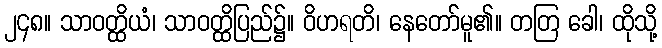
၂၄၈။ သာဝတ္ထိယံ၊ သာဝတ္ထိပြည်၌။ ဝိဟရတိ၊ နေတော်မူ၏။ တတြ ခေါ၊ ထိုသို့